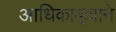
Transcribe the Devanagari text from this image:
आधिकाड़्याने